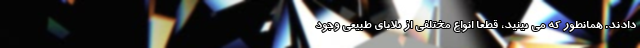
دادند. همانطور که می بینید، قطعاً انواع مختلفی از بلایای طبیعی وجود